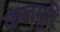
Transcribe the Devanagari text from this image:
कलमुरि